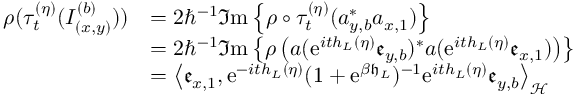
\begin{array} { r l } { \rho ( \tau _ { t } ^ { ( \eta ) } ( I _ { ( x , y ) } ^ { ( b ) } ) ) } & { = 2 \hbar ^ { - 1 } \Im \mathrm { m } \left\{ \rho \circ \tau _ { t } ^ { ( \eta ) } ( a _ { y , b } ^ { \ast } a _ { x , 1 } ) \right\} } \\ & { = 2 \hbar ^ { - 1 } \Im \mathrm { m } \left\{ \rho \left( a ( \mathrm { e } ^ { i t h _ { L } \left( \eta \right) } \mathfrak { e } _ { y , b } ) ^ { \ast } a ( \mathrm { e } ^ { i t h _ { L } \left( \eta \right) } \mathfrak { e } _ { x , 1 } ) \right) \right\} } \\ & { = \left\langle \mathfrak { e } _ { x , 1 } , \mathrm { e } ^ { - i t h _ { L } \left( \eta \right) } ( 1 + \mathrm { e } ^ { \beta \mathfrak { h } _ { L } } ) ^ { - 1 } \mathrm { e } ^ { i t h _ { L } \left( \eta \right) } \mathfrak { e } _ { y , b } \right\rangle _ { \mathcal { H } } } \end{array}